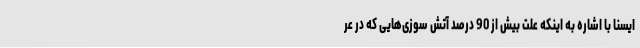
ایسنا با اشاره به اینکه علت بیش از 90 درصد آتش سوزی‌هایی که در عر